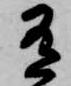
有